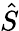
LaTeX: \hat{S}